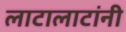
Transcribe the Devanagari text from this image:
लाटालाटांनी